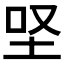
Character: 𡊙